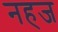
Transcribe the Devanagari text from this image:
नहज